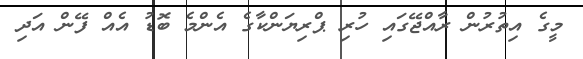
މީގެ އިތުރުން ރާއްޖޭގައި ހުރި ޕްރިޔަންކާގެ އެންމެ ބޮޑު އެއް ފޭން އަދި